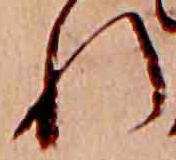
れ